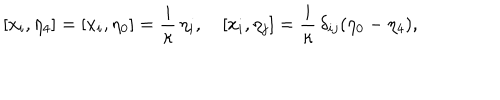
[ x _ { i } , \eta _ { 4 } ] = [ x _ { i } , \eta _ { 0 } ] = \frac { i } \kappa \, \eta _ { i } , \quad [ x _ { i } , \eta _ { j } ] = \frac { i } \kappa \, \delta _ { i j } ( \eta _ { 0 } - \eta _ { 4 } ) ,